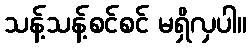
သန့်သန့်စင်စင် မရှိလှပါ။